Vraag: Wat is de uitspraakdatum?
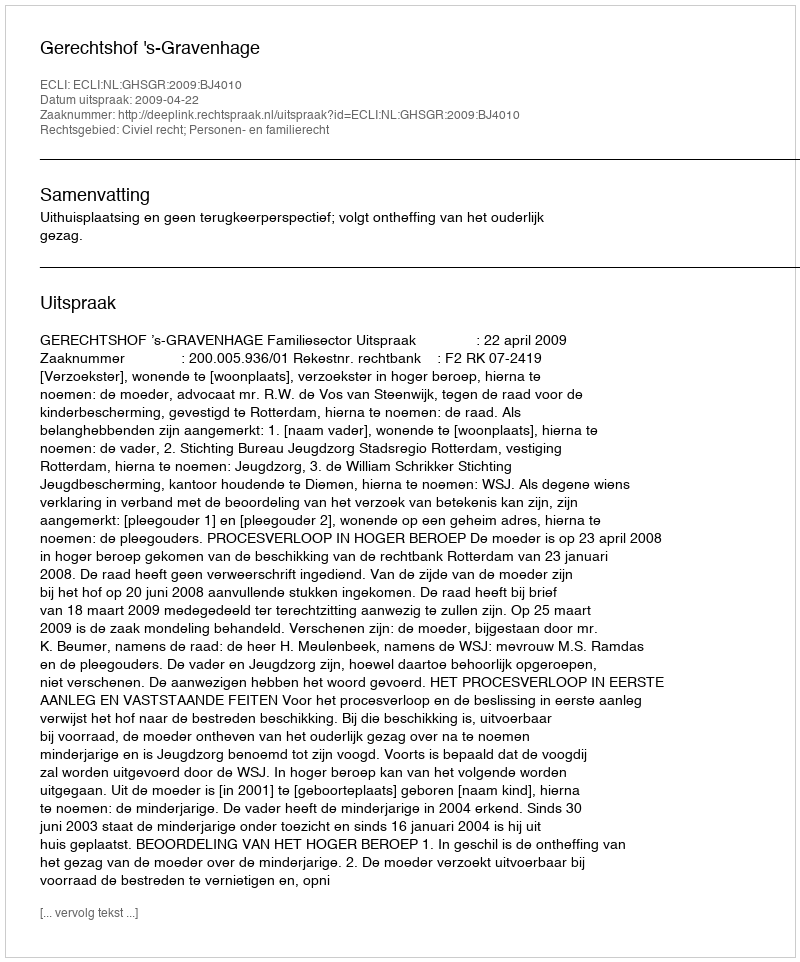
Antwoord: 2009-04-22